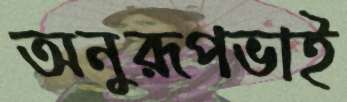
অনুরূপভাই